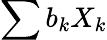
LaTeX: \sum{b_{k}X_{k}}